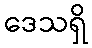
ဒေသရှိ